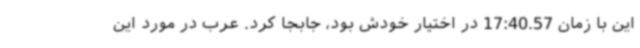
این با زمان 17:40.57 در اختیار خودش بود، جابجا کرد. عرب در مورد این